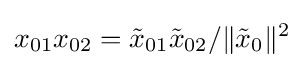
x_{01}x_{02}={\tilde {x}}_{01}{\tilde {x}}_{02}/\|{\tilde {x}}_{0}\|^{2}